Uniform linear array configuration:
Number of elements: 16
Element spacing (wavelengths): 0.5
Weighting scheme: exponential
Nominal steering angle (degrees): -15
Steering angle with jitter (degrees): -16.437
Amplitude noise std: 0.05
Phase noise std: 0.05

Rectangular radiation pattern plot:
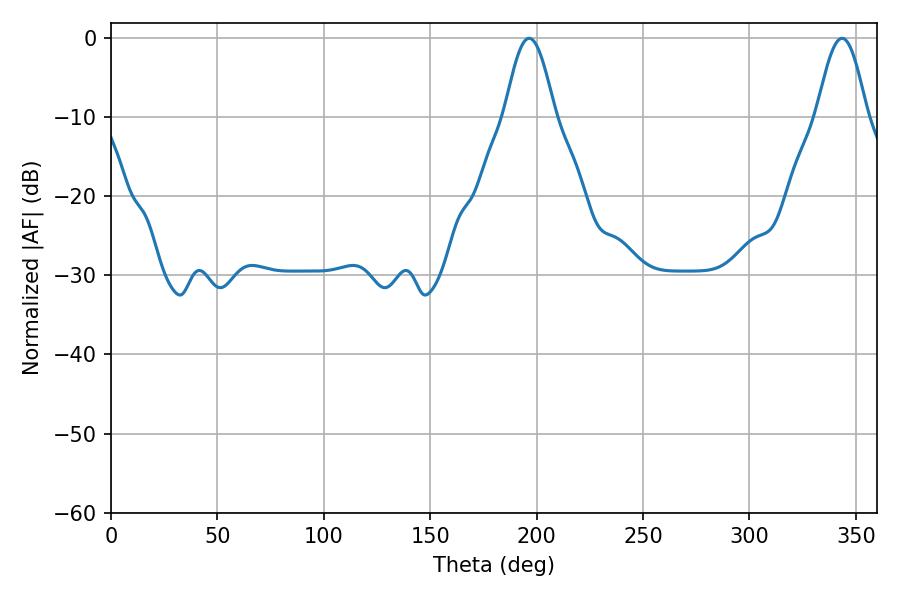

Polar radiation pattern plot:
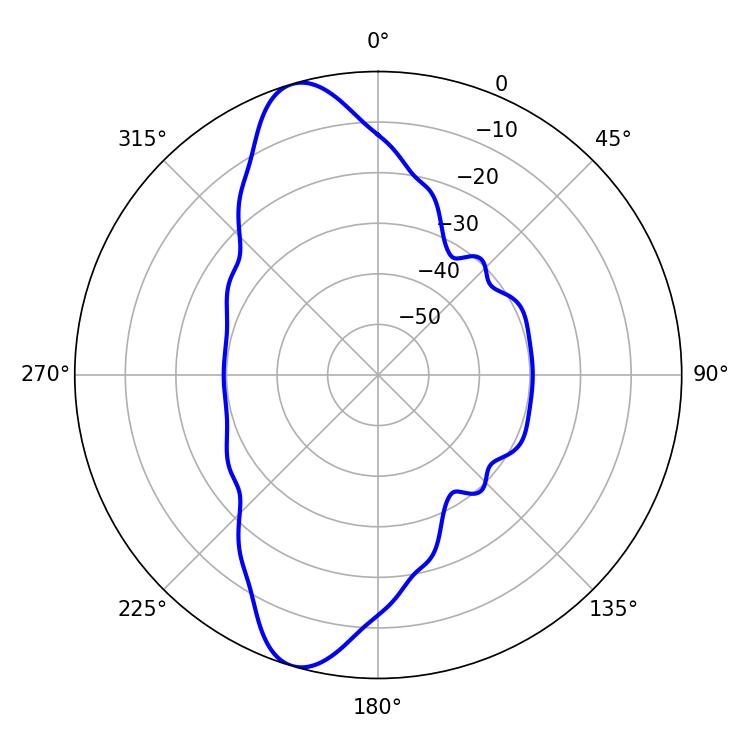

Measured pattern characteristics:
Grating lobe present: FALSE
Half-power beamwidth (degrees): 12.6
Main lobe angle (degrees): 196.56